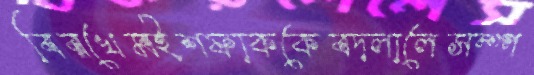
বিরখেমইশফাককেবদলালেসম্প